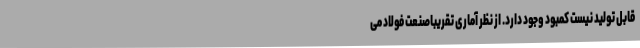
قابل تولید نیست کمبود وجود دارد. از نظر آماری تقریباصنعت فولاد می